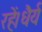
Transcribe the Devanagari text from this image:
रहें।धैर्य